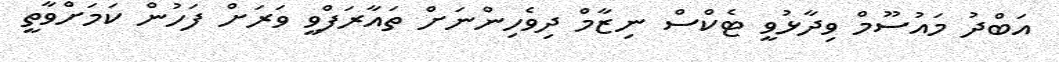
އަބްދު މައުސޫމް ވިދާޅުވީ ޓެކްސް ނިޒާމް ދިވެހިންނަށް ތައާރަފްވީ ވަރަށް ފަހުން ކަމަށްވާތީ